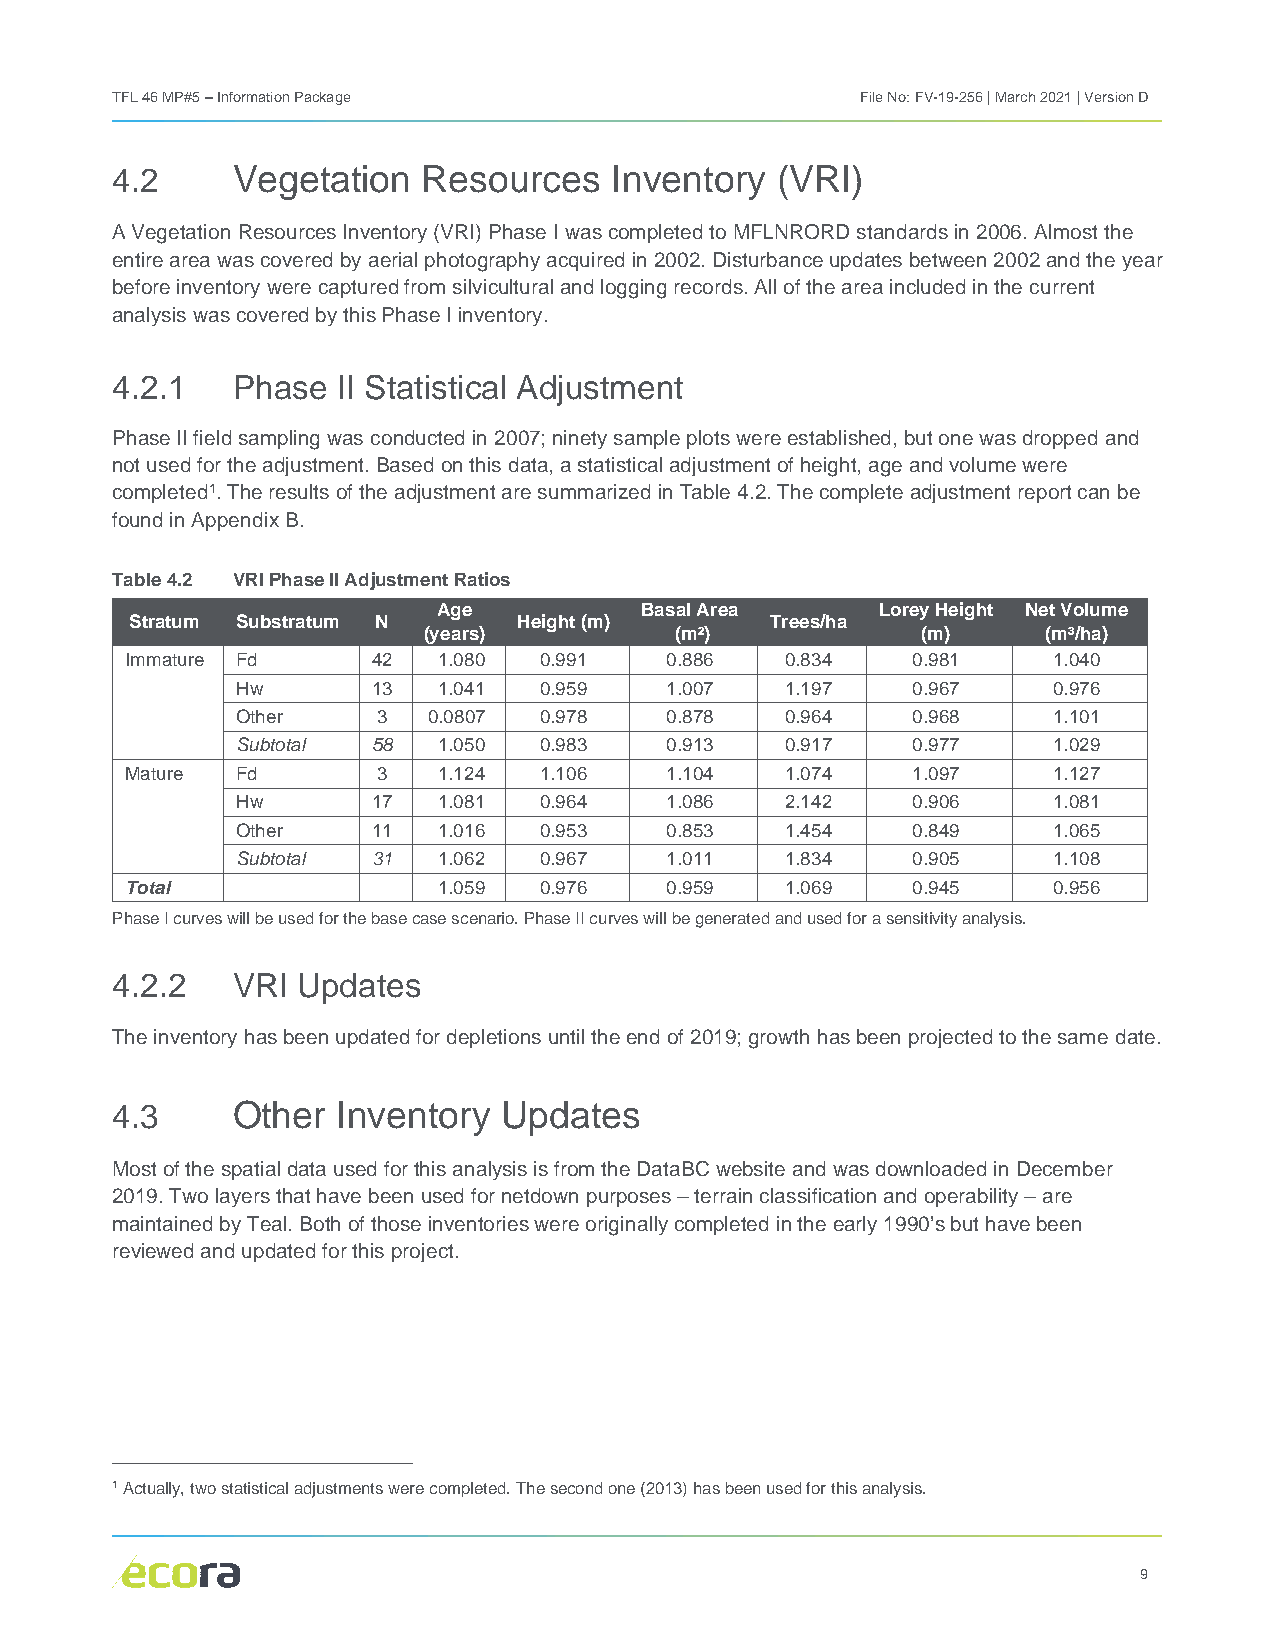
TFL 46 MP#5 – Information Package                 File No: FV-19-256 | March 2021 | Version D
 4.2     Vegetation   Resources    Inventory (VRI)
 A Vegetation Resources Inventory (VRI) Phase I was completed to MFLNRORD standards in 2006. Almost the
 entire area was covered by aerial photography acquired in 2002. Disturbance updates between 2002 and the year
 before inventory were captured from silvicultural and logging records. All of the area included in the current
 analysis was covered by this Phase I inventory.
 4.2.1   Phase  II Statistical Adjustment
 Phase II field sampling was conducted in 2007; ninety sample plots were established, but one was dropped and
 not used for the adjustment. Based on this data, a statistical adjustment of height, age and volume were
 completed1. The results of the adjustment are summarized in Table 4.2. The complete adjustment report can be
 found in Appendix B.
 Table 4.2 VRI Phase II Adjustment Ratios
 Age          Basal Area      Lorey Height Net Volume
 Stratum Substratum N     Height (m)       Trees/ha
 (years)          (m²)            (m)     (m³/ha)
 Immature Fd      42  1.080  0.991   0.886   0.834   0.981     1.040
 Hw       13  1.041  0.959   1.007   1.197   0.967     0.976
 Other    3  0.0807  0.978   0.878   0.964   0.968     1.101
 Subtotal 58  1.050  0.983   0.913   0.917   0.977     1.029
 Mature  Fd       3   1.124  1.106   1.104   1.074   1.097     1.127
 Hw       17  1.081  0.964   1.086   2.142   0.906     1.081
 Other    11  1.016  0.953   0.853   1.454   0.849     1.065
 Subtotal 31  1.062  0.967   1.011   1.834   0.905     1.108
 Total                1.059  0.976   0.959   1.069   0.945     0.956
 Phase I curves will be used for the base case scenario. Phase II curves will be generated and used for a sensitivity analysis.
 4.2.2   VRI  Updates
 The inventory has been updated for depletions until the end of 2019; growth has been projected to the same date.
 4.3     Other  Inventory  Updates
 Most of the spatial data used for this analysis is from the DataBC website and was downloaded in December
 2019. Two layers that have been used for netdown purposes – terrain classification and operability – are
 maintained by Teal. Both of those inventories were originally completed in the early 1990’s but have been
 reviewed and updated for this project.
 1 Actually, two statistical adjustments were completed. The second one (2013) has been used for this analysis.
 9